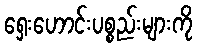
ရှေးဟောင်းပစ္စည်းများကို